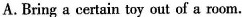
A. Bring a certain toy out of a room.